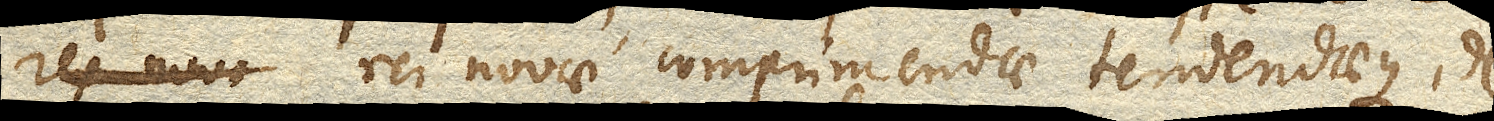
ex novo rei novae comprimendae tendendaeque, de